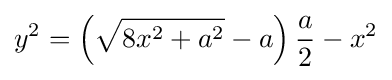
y^{2}=\left({\sqrt {8x^{2}+a^{2}}}-a\right){\frac {a}{2}}-x^{2}